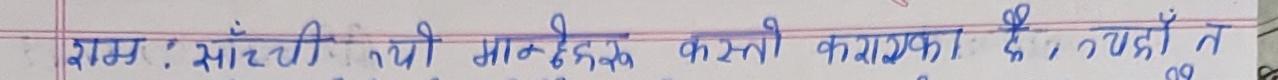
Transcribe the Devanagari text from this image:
नाम : माटोको क्षयीकरणले कस्तो काराक पैदा दै ? यहाँ तल